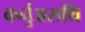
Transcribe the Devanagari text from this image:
कर्नुअसथि